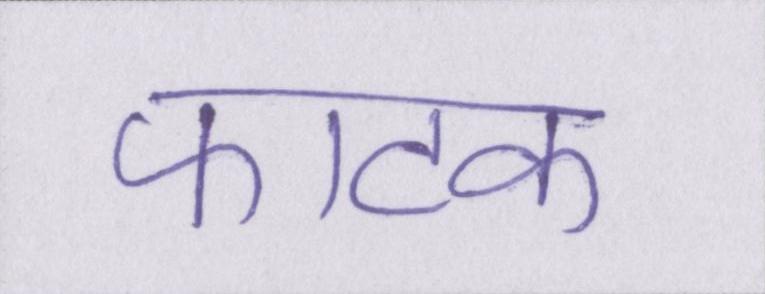
फाटक